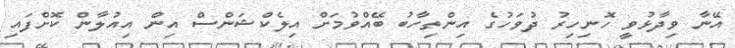
އޭނާ ވިދާޅުވީ ހޮނިހިރު ދުވަހުގެ އިންތިހާބު ބޭއްވުމަށް އިލެކްޝަންސް އިން އިއުލާން ކޮށްފައި